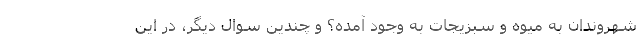
شهروندان به میوه و سبزیجات به وجود آمده؟ و چندین سوال دیگر، در این